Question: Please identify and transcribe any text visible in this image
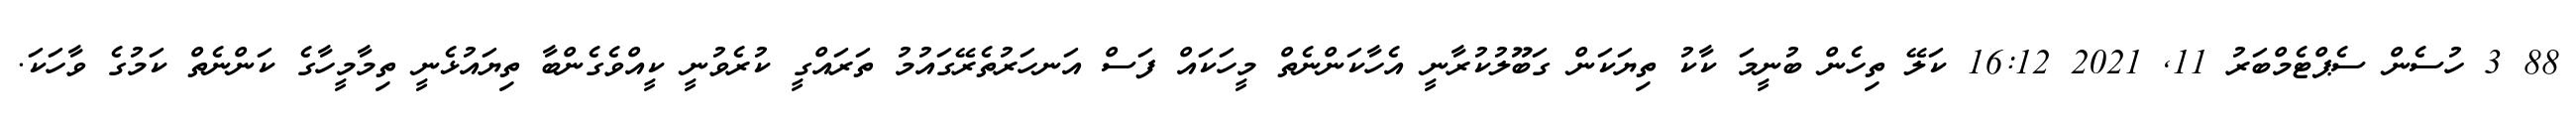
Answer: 88 3 ހުސެން ސެޕްޓެމްބަރު 11, 2021 16:12 ކަލޭ ތިހެން ބުނީމަ ކާކު ތިޔަކަން ގަބޫލުކުރާނީ އެހާކަންނެތް މީހަކައް ފަސް އަނހަރުތެރޭގައުމު ތަރައްގީ ކުރެވުނީ ކީއްވެގެންބާ ތިޔައުޅެނީ ތިމާމީހާގެ ކަންނެތް ކަމުގެ ވާހަކަ.